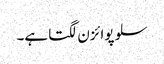
سلو پوائزن لگتا ہے۔